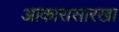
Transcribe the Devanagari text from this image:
आकारासारखा